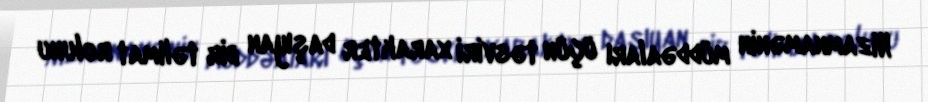
Nizamnamənin müddəaları üçün təsviri xarakter daşıyan bir təlimat rolunu